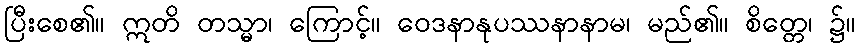
ပြီးစေ၏။ ဣတိ တသ္မာ၊ ကြောင့်။ ဝေဒနာနုပဿနာနာမ၊ မည်၏။ စိတ္တေ၊ ၌။